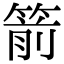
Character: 箭